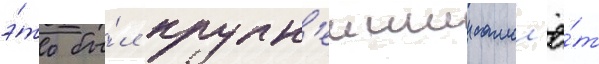
э́то бы́л крупн'еишии самол'ё́т